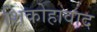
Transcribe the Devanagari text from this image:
शिकोहावाद